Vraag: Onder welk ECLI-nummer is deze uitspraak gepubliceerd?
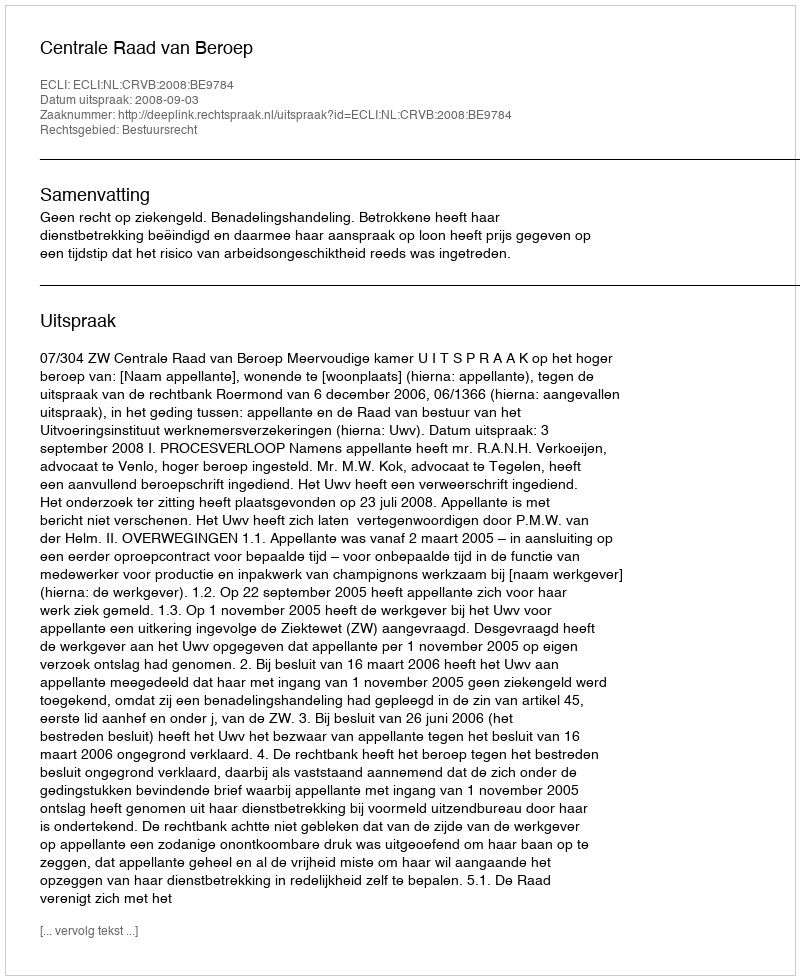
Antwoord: ECLI:NL:CRVB:2008:BE9784